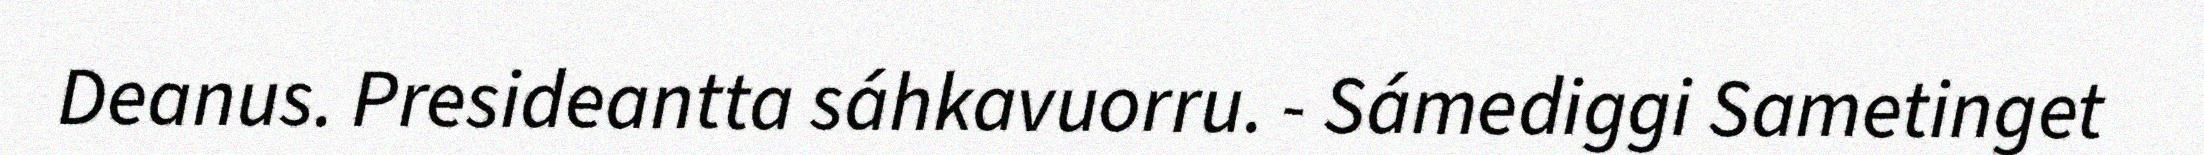
Deanus. Presideantta sáhkavuorru. - Sámediggi Sametinget